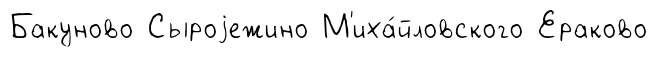
Бакуново Сыроjежино М'иха́йловского Ераково